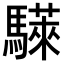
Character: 𫘗